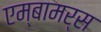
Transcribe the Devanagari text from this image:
एम्बामर्स